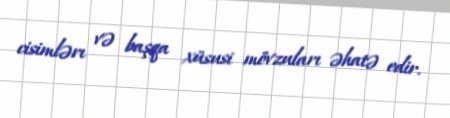
cisimlərı və başqa xüsusi mövzuları əhatə edir.